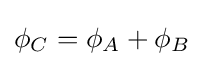
\phi _{C}=\phi _{A}+\phi _{B}